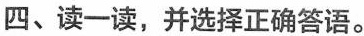
四、读一读,并选择正确答语.